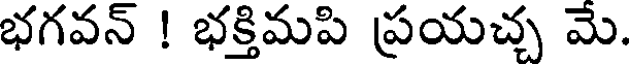
భగవన్ ! భక్తిమపి ప్రయచ్చ మె.